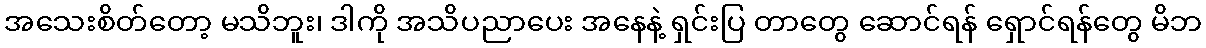
အသေးစိတ်တော့ မသိဘူး၊ ဒါကို အသိပညာပေး အနေနဲ့ ရှင်းပြ တာတွေ ဆောင်ရန် ရှောင်ရန်တွေ မိဘ